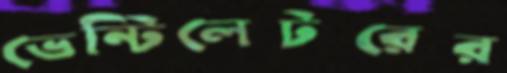
ভেন্টিলেটরের